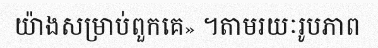
យ៉ាងសម្រាប់ពួកគេ» ។តាមរយៈរូបភាព